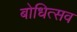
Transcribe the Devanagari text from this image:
बोधित्सव